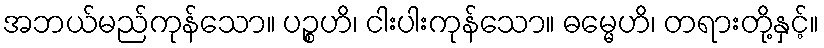
အဘယ်မည်ကုန်သော။ ပဉ္စဟိ၊ ငါးပါးကုန်သော။ ဓမ္မေဟိ၊ တရားတို့နှင့်။